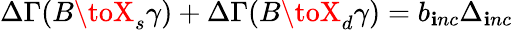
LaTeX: \Delta\Gamma(B\toX_{s}\gamma)+\Delta\Gamma(B\toX_{d}\gamma)=b_{\mathbf{i}nc}\Delta_{\mathbf{i}nc}